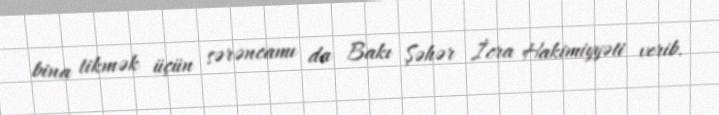
bina tikmək üçün sərəncamı da Bakı Şəhər İcra Hakimiyyəti verib.